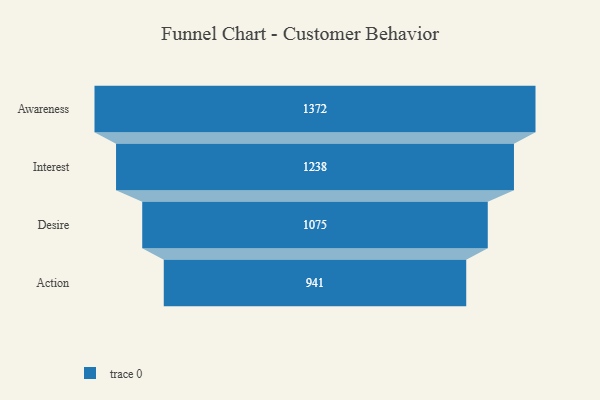
{"axis": {"x": "Stage", "y": "Value"}, "legend": [""], "data": [{"x": "Awareness", "y": 1372.0, "type": ""}, {"x": "Interest", "y": 1238.0, "type": ""}, {"x": "Desire", "y": 1075.0, "type": ""}, {"x": "Action", "y": 941.0, "type": ""}]}